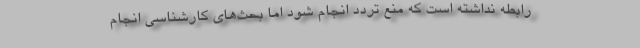
رابطه نداشته است که منع تردد انجام شود اما بحث‌های کارشناسی انجام